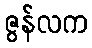
ဇွန်လက